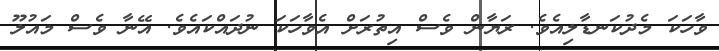
ވާހަކަ މެދުކަނޑާލިއެވެ. ރަޔާން ވެސް އިތުރަށް އެވާހަކަ ނުދައްކައެވެ. އޭނާ ވެސް މައުލޫ